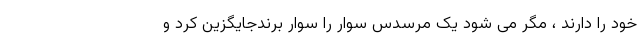
خود را دارند ، مگر می شود یک مرسدس سوار را سوار برندجایگزین کرد و